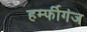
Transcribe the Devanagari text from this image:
हर्म्फीगंज